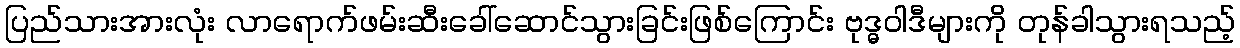
ပြည်သားအားလုံး လာရောက်ဖမ်းဆီးခေါ်ဆောင်သွားခြင်းဖြစ်ကြောင်း ဗုဒ္ဓဝါဒီများကို တုန်ခါသွားရသည့်